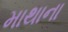
માથાના